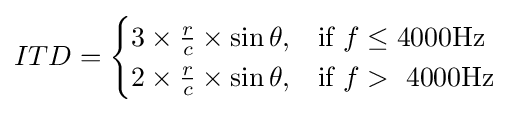
ITD={\begin{cases}3\times {\frac {r}{c}}\times \sin \theta ,&{\text{if }}f\leq {\text{4000Hz }}\\2\times {\frac {r}{c}}\times \sin \theta ,&{\text{if }}f>{\text{ 4000Hz}}\end{cases}}